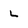
Character: L